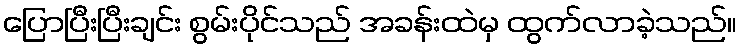
ပြောပြီးပြီးချင်း စွမ်းပိုင်သည် အခန်းထဲမှ ထွက်လာခဲ့သည်။